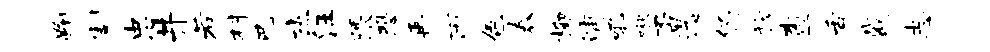
鞠割忠井若村巴杰汪隈恐再丙色舂柳浦吼啾否迄仍稔查舌戴志